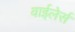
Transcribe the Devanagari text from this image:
वाईलेर्स